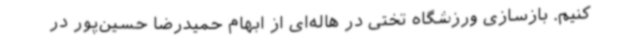
کنیم. بازسازی ورزشگاه تختی در هاله‌ای از ابهام حمیدرضا حسین‌پور در